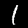
Label: 1